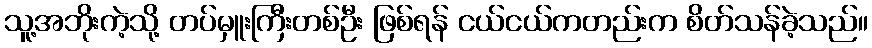
သူ့အဘိုးကဲ့သို့ တပ်မှူးကြီးတစ်ဦး ဖြစ်ရန် ငယ်ငယ်ကတည်းက စိတ်သန်ခဲ့သည်။